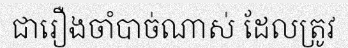
ជារឿងចាំបាច់ណាស់ ដែលត្រូវ